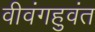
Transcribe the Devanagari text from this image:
वीवंगहुवंत